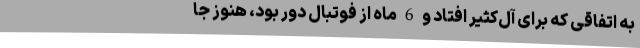
به اتفاقی که برای آل‌کثیر افتاد و 6 ماه از فوتبال دور بود، هنوز جا